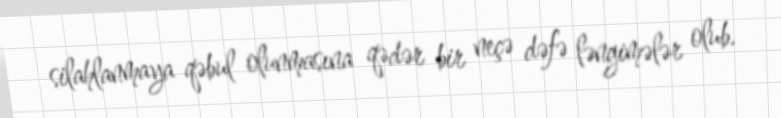
silahlanmaya qəbul olunmasına qədər bir neçə dəfə ləngimələr olub.